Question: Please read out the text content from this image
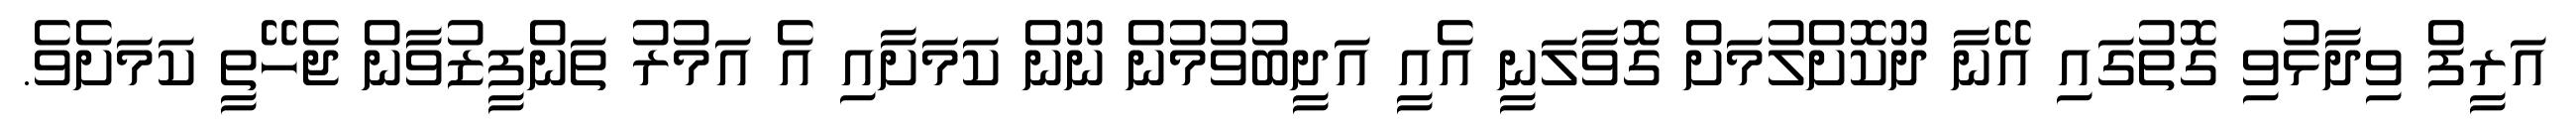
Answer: އަރީފް ވިދާޅުވި ގޮތުގައި އޭނާ ދޫކޮށްލުމަށް ގޮވާލަނީ އެއީ އަދީބުވުމުން ނޫން ކަމަށާއި އެ އަމުރު ތަންފީޒުވާން ޖެހޭތީ ކަމަށެވެ.